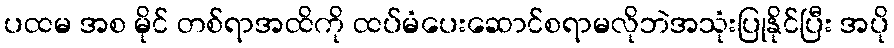
ပထမ အစ မိုင် တစ်ရာအထိကို ထပ်မံပေးဆောင်စရာမလိုဘဲအသုံးပြုနိုင်ပြီး အပို